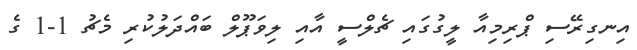
އިނގިރޭސި ޕްރިމިއާ ލީގުގައި ޗެލްސީ އާއި ލިވަޕޫލް ބައްދަލުކުރި މެޗު 1-1 ގެ